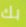
بك